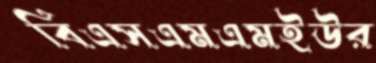
বিএসএমএমইউর